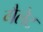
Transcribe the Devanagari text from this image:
गैलेट